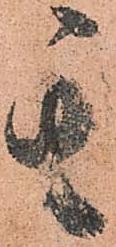
其